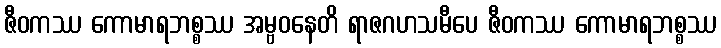
ဇီဝကဿ ကောမာရဘစ္စဿ အမ္ဗဝနေတိ ရာဇဂဟသမီပေ ဇီဝကဿ ကောမာရဘစ္စဿ